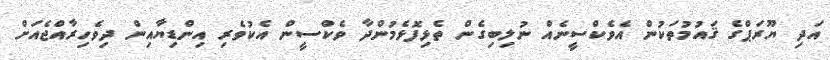
އަދި ޔޫރަޕްގެ ޤައުމުތަކުން އެވެކްސީނެއް ނުލިބިގެން ތެޅިފޮޅެމުންދާ ވެކްސީން އެކުވެރި އިންޑިޔާއިން ދިވެހިރާއްޖެއަށް